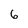
Character: 6